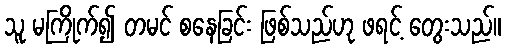
သူ မကြိုက်၍ တမင် စနေခြင်း ဖြစ်သည်ဟု ဖရင့် တွေးသည်။